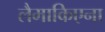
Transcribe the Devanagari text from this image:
लैमाकिएना